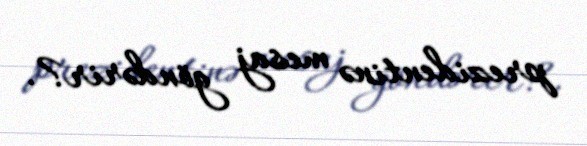
prezidentinə mesaj göndərir?.